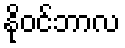
နိုဝင်ဘာလ